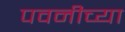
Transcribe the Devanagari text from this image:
पवनीच्या